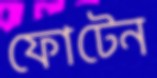
ফোটেন